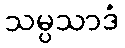
သမ္ပသာဒံ